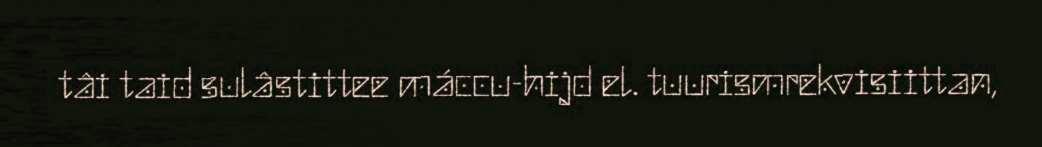
tâi taid sulâstittee máccu-hijd el. tuurismrekvisiittan,